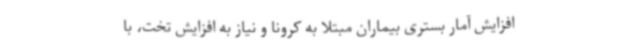
افزایش آمار بستری بیماران مبتلا به کرونا و نیاز به افزایش تخت، با